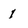
Character: I